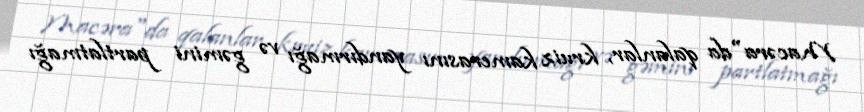
Macəra"da qalanlar, kruiz kamerasını yandırmağı və gəmini partlatmağı